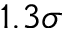
1 . 3 \sigma